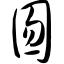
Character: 囫